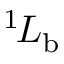
^ { 1 \! } L _ { \mathrm { b } }